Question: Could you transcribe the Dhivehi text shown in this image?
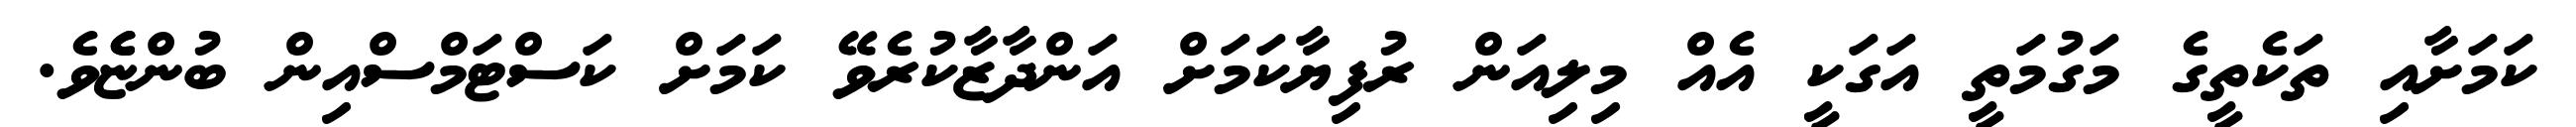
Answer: ކަމަށާއި ތަކެތީގެ މަގުމަތީ އަގަކީ އެއް މިލިއަން ރުފިޔާކަމަށް އަންދާޒާކުރެވޭ ކަމަށް ކަސްޓަމްސްއިން ބުންޏެެވެ.